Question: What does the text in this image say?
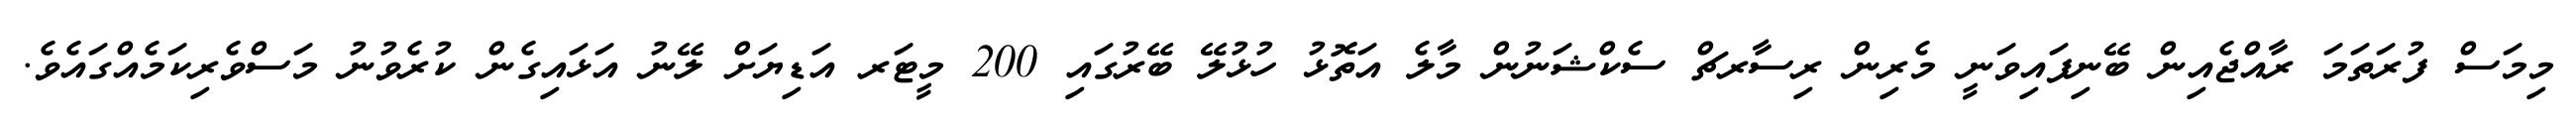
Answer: މިމަސް ފުރަތަމަ ރާއްޖެއިން ބޭނިފައިވަނީ މެރިން ރިސާރޗް ސެކްޝަނުން މާލެ އަތޮޅު ހުޅުލޭ ބޭރުގައި 200 މީޓަރ އަޑިޔަށް ލޭނު އަޅައިގެން ކުރެވުނު މަސްވެރިކަމެއްގައެވެ.